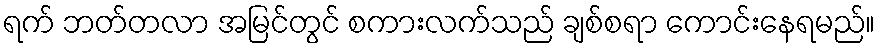
ရက် ဘတ်တလာ အမြင်တွင် စကားလက်သည် ချစ်စရာ ကောင်းနေရမည်။